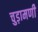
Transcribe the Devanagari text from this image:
चुड़ामणी